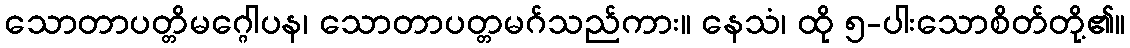
သောတာပတ္တိမဂ္ဂေါပန၊ သောတာပတ္တမဂ်သည်ကား။ နေသံ၊ ထို ၅-ပါးသောစိတ်တို့၏။